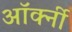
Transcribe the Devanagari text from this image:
ऑर्क्नी